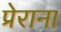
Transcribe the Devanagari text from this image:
प्रेराना